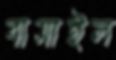
বাসাইল